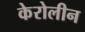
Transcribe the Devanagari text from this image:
केरोलीन